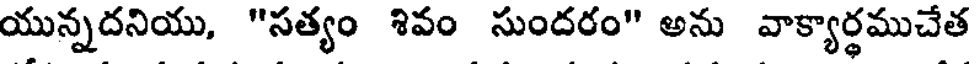
యున్నదనియు, "సత్యం శివం సుందరం" అను వాక్యార్థముచేత